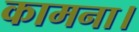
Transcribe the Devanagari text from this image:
कामना।